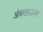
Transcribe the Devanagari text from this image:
ओबरहाउज़र